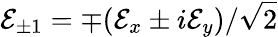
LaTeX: \mathcal{E}_{\pm 1}=\mp(\mathcal{E}_{x}\pm i\mathcal{E}_{y})/\sqrt{2}